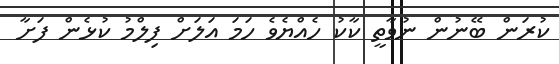
ކުރަން ބޭނުން ނުވާތީ ކާކު ހެއްޔެވެ ހަމަ އަލަށް ފިލްމު ކުޅެން ފަށާ